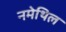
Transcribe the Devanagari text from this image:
नमेथिल